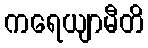
ကရေယျာမီတိ